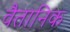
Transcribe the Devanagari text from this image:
वैतानिक